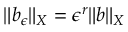
\| b _ { \epsilon } \| _ { X } = \epsilon ^ { r } \| b \| _ { X }